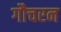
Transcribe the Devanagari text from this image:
गौचरन